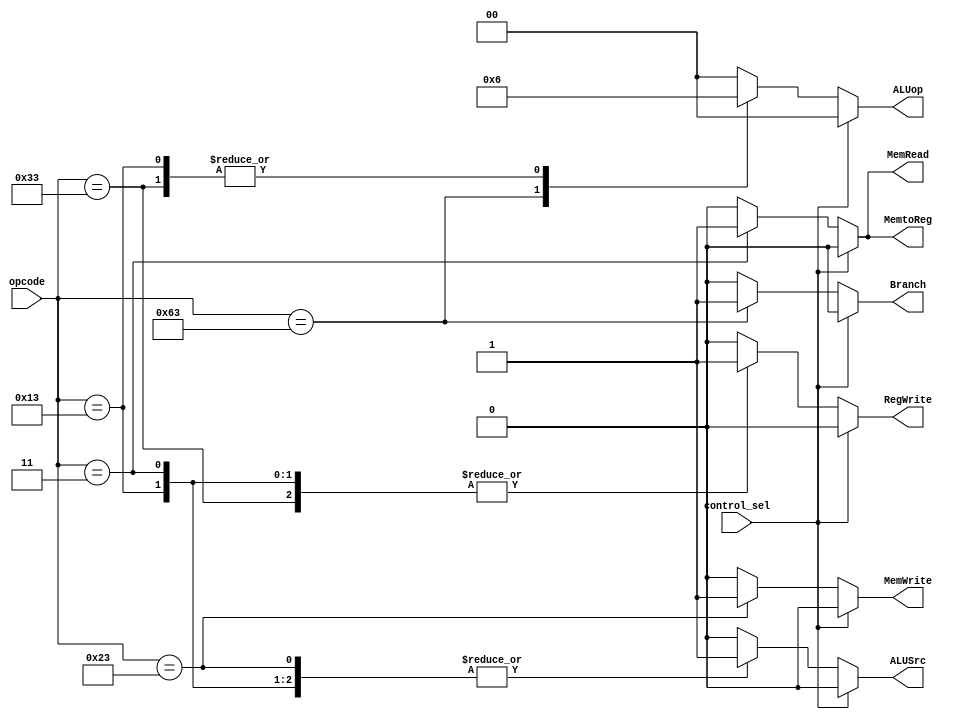
`timescale 1ns / 1ps
//////////////////////////////////////////////////////////////////////////////////
// Company: 
// Engineer: 
// 
// Design Name: 
// Module Name: control_path
// Project Name: 
// Target Devices: 
// Tool Versions: 
// Description: 
// 
// Dependencies: 
// 
// Revision:
// Revision 0.01 - File Created
// Additional Comments:
// 
//////////////////////////////////////////////////////////////////////////////////


module control_path(
    input [6:0] opcode,
    input control_sel,
    output reg MemRead, MemtoReg, MemWrite, RegWrite, Branch, ALUSrc,
    output reg [1:0] ALUop
);

    always@(opcode, control_sel)
    begin
        if (control_sel == 1)
        begin
            ALUSrc = 1'b0;
            MemtoReg = 1'b0;
            RegWrite = 1'b0;
            MemRead = 1'b0;
            MemWrite = 1'b0;
            Branch = 1'b0;
            ALUop = 2'b00;
        end
        else
        begin
            casex(opcode)
                7'b0000011: // lw
                    begin
                        ALUSrc = 1'b1;
                        MemtoReg = 1'b1;
                        RegWrite = 1'b1;
                        MemRead = 1'b1;
                        MemWrite = 1'b0;
                        Branch = 1'b0;
                        ALUop = 2'b00;
                    end
                    
                7'b0100011: // sw
                    begin
                        ALUSrc = 1'b1;
                        MemtoReg = 1'b0;
                        RegWrite = 1'b0;
                        MemRead = 1'b0;
                        MemWrite = 1'b1;
                        Branch = 1'b0;
                        ALUop = 2'b00;
                    end
                
                7'b1100011: // beq
                    begin
                        ALUSrc = 1'b0;
                        MemtoReg = 1'b0;
                        RegWrite = 1'b0;
                        MemRead = 1'b0;
                        MemWrite = 1'b0;
                        Branch = 1'b1;
                        ALUop = 2'b01;
                    end
                
                7'b0110011: // R-format
                    begin
                        ALUSrc = 1'b0;
                        MemtoReg = 1'b0;
                        RegWrite = 1'b1;
                        MemRead = 1'b0;
                        MemWrite = 1'b0;
                        Branch = 1'b0;
                        ALUop = 2'b10;
                    end
                    
                7'b0010011: // R-format (srli, slli, srai)
                    begin
                        ALUSrc = 1'b1;
                        MemtoReg = 1'b0;
                        RegWrite = 1'b1;
                        MemRead = 1'b0;
                        MemWrite = 1'b0;
                        Branch = 1'b0;
                        ALUop = 2'b10;
                    end
                    
                default:
                    begin
                        ALUSrc = 1'b0;
                        MemtoReg = 1'b0;
                        RegWrite = 1'b0;
                        MemRead = 1'b0;
                        MemWrite = 1'b0;
                        Branch = 1'b0;
                        ALUop = 2'b00;
                    end
            endcase
        end
    end
    
endmodule